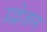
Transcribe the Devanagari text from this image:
उद्वेजन